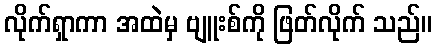
လိုက်ရှာကာ အထဲမှ ဗျူးစ်ကို ဖြတ်လိုက် သည်။